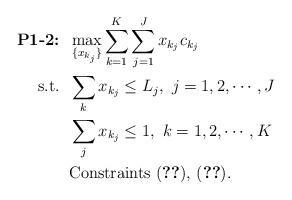
\begin{align*}\mbox{\textbf{P1-2:}} &\;\; \max_{\{x_{k_j}\}} \sum_{k=1}^K\sum_{j=1}^J {x_{k_j}c_{k_j}} \\\mbox{s.t.} &\;\; \sum_k x_{k_j} \leq L_j,~j=1,2,\cdots,J \\ &\;\; \sum_j x_{k_j} \leq 1,~k=1,2,\cdots,K \\ &\;\; \mbox{Constraints (\ref{eqn:mmhn95}),~(\ref{eqn:mmhn80})}. \end{align*}